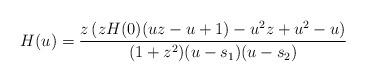
LaTeX: \begin{align*} H(u)=\frac{z \left(zH(0)(u z-u+1) -u^{2} z +u^{2}-u \right)}{(1+z^2)(u-s_1)(u-s_2)}\end{align*}